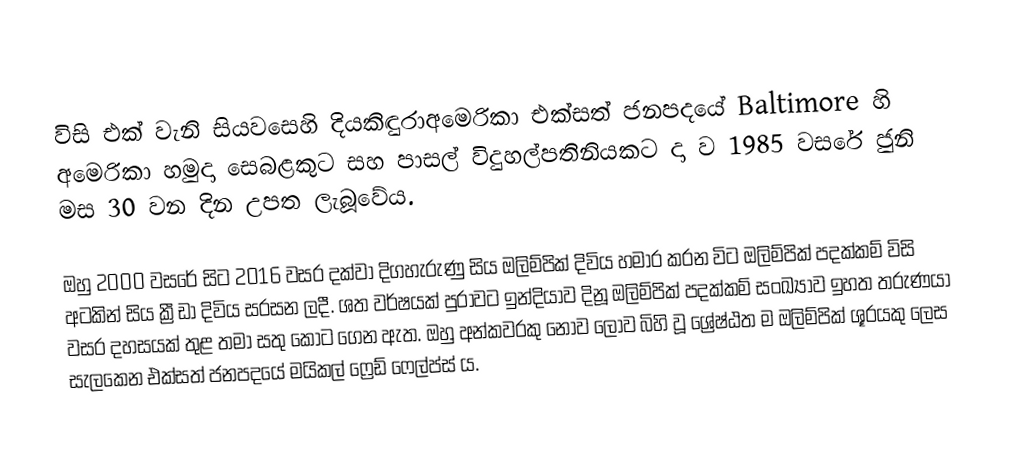
විසි එක් වැනි සියවසෙහි දියකිඳුරාඅමෙරිකා එක්සත්  ජනපදයේ  Baltimore හි අමෙරිකා හමුදා සෙබළකුට සහ  පාසල් විදුහල්පතිනියකට දා ව 1985 වසරේ ජුනි මස 30 වන දින උපත ලැබූවේය.

ඔහු 2000 වසරේ සිට 2016 වසර දක්වා දිගහැරුණු සිය ඔලිම්පික් දිවිය හමාර කරන විට ඔලිම්පික් පදක්කම් විසි අටකින් සිය ක්‍රීඩා දිවිය සරසන ලදී. ශත වර්ෂයක් පුරාවට ඉන්දියාව දිනූ ඔලිම්පික් පදක්කම් සංඛ්‍යාව ඉහත තරුණයා වසර දහසයක් තුළ තමා සතු කොට ගෙන ඇත. ඔහු අන්කවරකු නොව ලොව බිහි වූ ශ්‍රේෂ්ඨත ම ඔලිම්පික් ශූරයකු ලෙස සැලකෙන එක්සත් ජනපදයේ මයිකල් ෆ්‍රෙඩ් ෆෙල්ප්ස් ය.